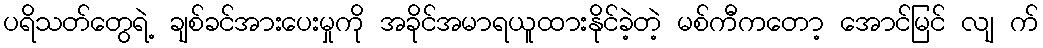
ပရိသတ်တွေရဲ့ ချစ်ခင်အားပေးမှုကို အခိုင်အမာရယူထားနိုင်ခဲ့တဲ့ မစ်ကီကတော့ အောင်မြင် လျ က်